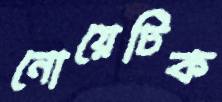
নোয়েটিক